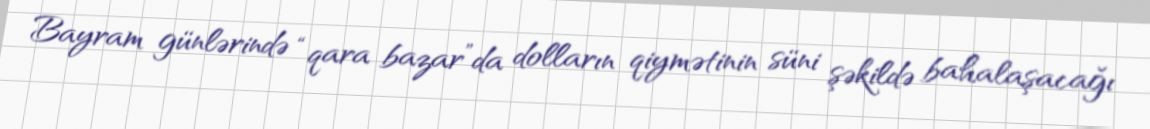
Bayram günlərində “qara bazar”da dolların qiymətinin süni şəkildə bahalaşacağı